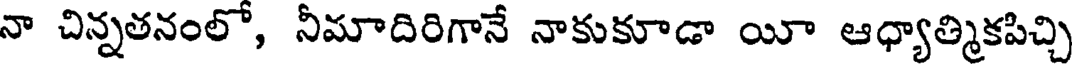
నా చిన్నతనంలో, నీమాదిరిగానే నాకుకూడా యీ ఆధ్యాత్మికపిచ్చి